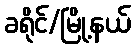
ခရိုင်/မြို့နယ်